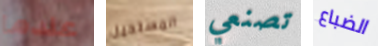
عندما المستحيل تصنعي الضباع